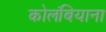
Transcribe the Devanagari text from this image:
कोलंबियाना